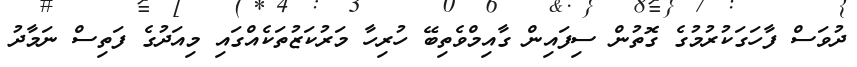
ދުވަސް ފާހަގަކުރުމުގެ ގޮތުން ސިފައިން ގާއިމްވެތިބޭ ހުރިހާ މަރުކަޒުތަކެއްގައި މިއަދުގެ ފަތިސް ނަމާދު